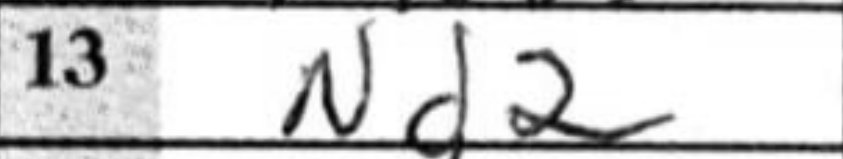
Transcription: Nd2